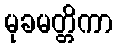
မုခမတ္တိကာ